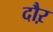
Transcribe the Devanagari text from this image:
दौऱ